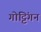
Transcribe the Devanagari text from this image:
गोट्टिंगन